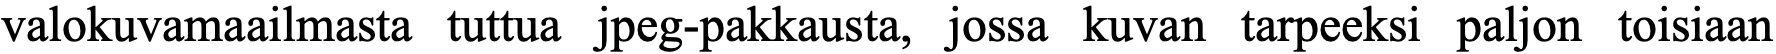
valokuvamaailmasta tuttua jpeg-pakkausta, jossa kuvan tarpeeksi paljon toisiaan